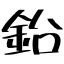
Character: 鉛